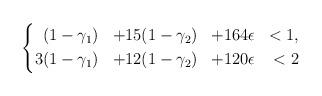
LaTeX: \begin{align*}\left\{\begin{aligned}&(1-\gamma_1) &+ 15&(1-\gamma_2) &+ 164 &\epsilon &< 1,\\3 &(1-\gamma_1) &+ 12&(1-\gamma_2) &+ 120 &\epsilon &< 2\end{aligned}\right.\end{align*}